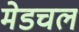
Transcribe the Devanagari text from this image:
मेडचल